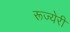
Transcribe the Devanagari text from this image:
रूज्येरी